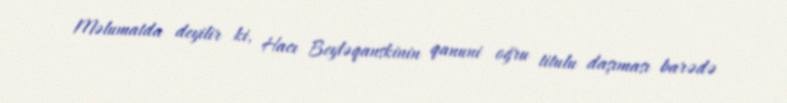
Məlumatda deyilir ki, Hacı Beyləqanskinin qanuni oğru titulu daşıması barədə